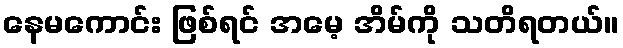
နေမကောင်း ဖြစ်ရင် အမေ့ အိမ်ကို သတိရတယ်။